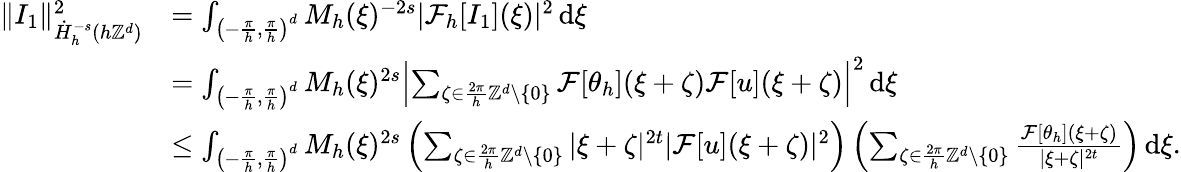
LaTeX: \begin{array}{rl}{\| I_{1}\| _{\dot{H}_{h}^{-s}(h\mathbb{Z}^{d})}^{2}}&{=\int_{\left(-\frac{\pi}{h},\frac{\pi}{h}\right)^{d}}M_{h}(\xi)^{-2s}|\mathcal{F}_{h}[I_{1}](\xi)|^{2}\, \mathrm{d}\xi}\\ &{=\int_{\left(-\frac{\pi}{h},\frac{\pi}{h}\right)^{d}}M_{h}(\xi)^{2s}\left|\sum_{\zeta\in\frac{2\pi}{h}\mathbb{Z}^{d}\setminus\{ 0\} }\mathcal{F}[\theta_{h}](\xi+\zeta)\mathcal{F}[u](\xi+\zeta)\right|^{2}\, \mathrm{d}\xi}\\ &{\le\int_{\left(-\frac{\pi}{h},\frac{\pi}{h}\right)^{d}}M_{h}(\xi)^{2s}\left(\sum_{\zeta\in\frac{2\pi}{h}\mathbb{Z}^{d}\setminus\{ 0\} }|\xi+\zeta|^{2t}|\mathcal{F}[u](\xi+\zeta)|^{2}\right)\left(\sum_{\zeta\in\frac{2\pi}{h}\mathbb{Z}^{d}\setminus\{ 0\} }\frac{\mathcal{F}[\theta_{h}](\xi+\zeta)}{|\xi+\zeta|^{2t}}\right)\, \mathrm{d}\xi.}\end{array}